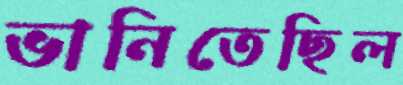
ভানিতেছিল